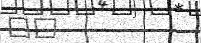
٣٣